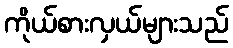
ကိုယ်စားလှယ်များသည်